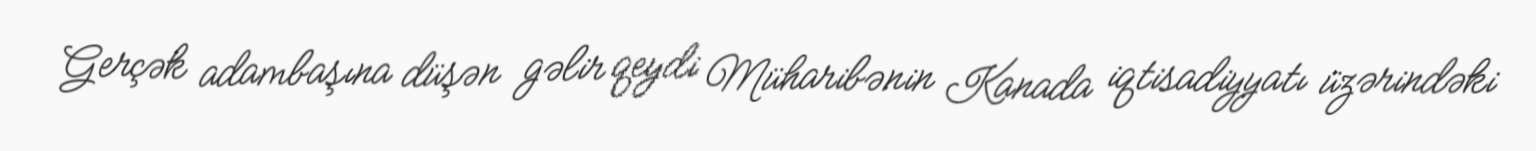
Gerçək adambaşına düşən gəlir qeydi Müharibənin Kanada iqtisadiyyatı üzərindəki